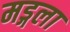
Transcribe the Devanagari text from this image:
मड्गला